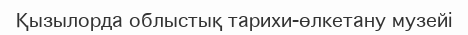
Қызылорда облыстық тарихи-өлкетану музейі